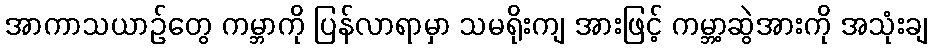
အာကာသယာဉ်တွေ ကမ္ဘာကို ပြန်လာရာမှာ သမရိုးကျ အားဖြင့် ကမ္ဘာ့ဆွဲအားကို အသုံးချ